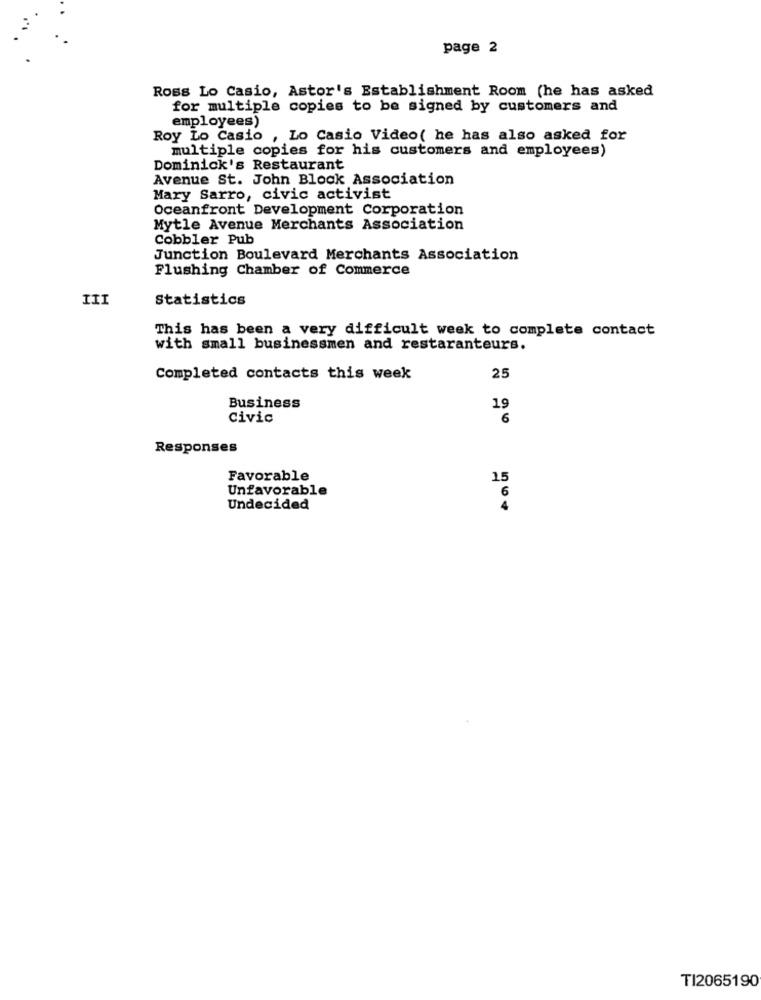
page 2
Ross Lo Casio, Astor's Establishment Room (he has asked
for multiple copies to be signed by customers and
employees)
Roy Lo Casio , Lo Casio Video( he has also asked for
multiple copies for his customers and employees)
Dominick's Restaurant
Avenue St. John Block Association
Mary Sarro, civic activist
Oceanfront Development Corporation
Mytle Avenue Merchants Association
Cobbler Pub
Junction Boulevard Merchants Association
Flushing Chamber of Commerce
III
Statistics
This has been a very difficult week to complete contact
with small businessmen and restaranteurs.
Completed contacts this week
25
Business
19
Civic
6
Responses
Favorable
15
Unfavorable
6
Undecided
4
TI2065190